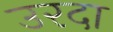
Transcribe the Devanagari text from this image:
उरदा